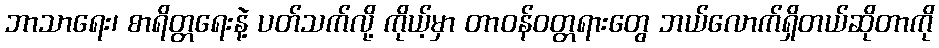
ဘာသာရေး၊ စာရိတ္တရေးနဲ့ ပတ်သက်လို့ ကိုယ့်မှာ တာဝန်ဝတ္တရားတွေ ဘယ်လောက်ရှိတယ်ဆိုတာကို